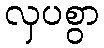
လှပစွာ